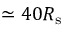
\simeq 4 0 R _ { \mathrm { s } }